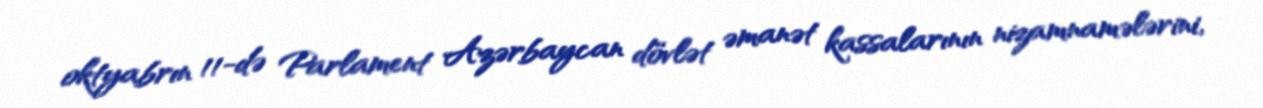
oktyabrın 11-də Parlament Azərbaycan dövlət əmanət kassalarının nizamnamələrini,